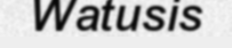
Watusis